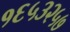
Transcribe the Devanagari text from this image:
१६५३२५७